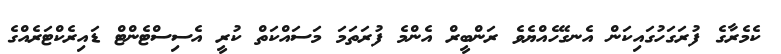
ކެމެރާގެ ފުރަގަހުގައިކަން އެނގޭހެއްޔެވެ ރަންބީރް އެންމެ ފުރަތަމަ މަސައްކަތް ކުރީ އެސިސްޓެންޓް ޑައިރެކްޓަރެއްގެ